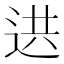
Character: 𨒱